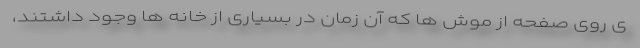
ی روی صفحه از موش ها که آن زمان در بسیاری از خانه ها وجود داشتند،